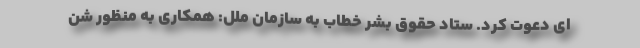
ای دعوت کرد. ستاد حقوق بشر خطاب به سازمان ملل: همکاری به منظور شن